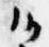
御